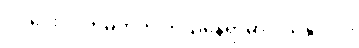
လ ပေး လက်မှတ်ကို ဘယ်နေရာမှာ ဝယ်နိုင်လဲ။